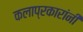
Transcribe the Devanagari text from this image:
कलाप्रकारांनी